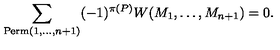
\sum _ { \mathrm { P e r m } ( 1 , \dots , n + 1 ) } ( - 1 ) ^ { \pi ( P ) } W ( M _ { 1 } , \dots , M _ { n + 1 } ) = 0 .